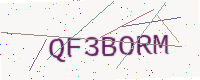
Text: QF3BORM